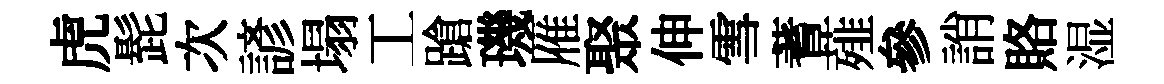
虎髭次諺塌工蹌璣雁聚伸雪蓍薤參誚賂湿